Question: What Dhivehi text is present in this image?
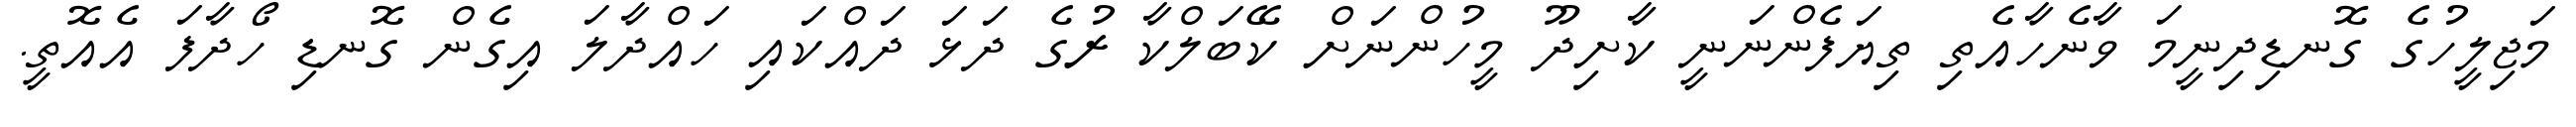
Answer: މަޖިލީހުގެ ގޮނޑިދިނީމަ ވާނެހާއެތި ތިޔަފެންނަނީ ކާށިދޫ މީހުންނަށް ކޭބަލްކާ ރުގެ ދަޅަ ދައްކައި ހައްދާލަ އިގެން ގޮނޑި ހޯދާފަ އެއޮތީ.